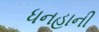
ધનહાની